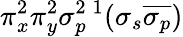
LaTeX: \pi_{x}^{2}\pi_{y}^{2}\sigma_{p}^{2}{}\, ^{1}(\sigma_{s}\overline{{\sigma_{p}}})